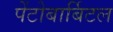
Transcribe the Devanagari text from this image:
पेंटोबार्बिटल